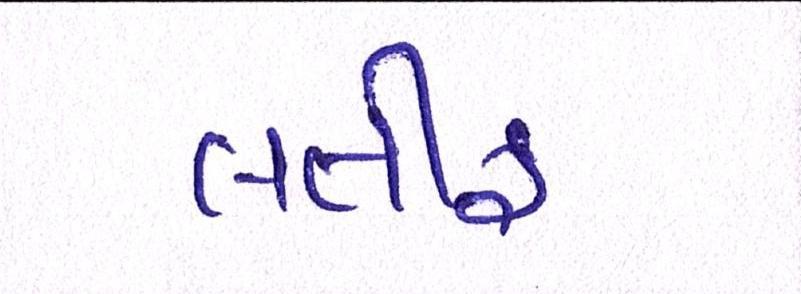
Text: લતીફ